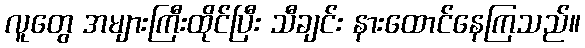
လူတွေ အများကြီးထိုင်ပြီး သီချင်း နားထောင်နေကြသည်။